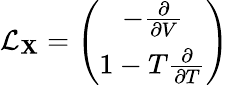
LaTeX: \mathcal{L}_{\mathbf{X}}=\left(\begin{array}{c}{-\frac{\partial}{\partial V}}\\ {1-T\frac{\partial}{\partial T}}\end{array}\right)